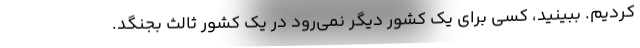
کردیم. ببینید، کسی برای یک کشور دیگر نمی‌رود در یک کشور ثالث بجنگد.